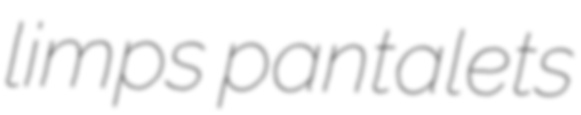
limps pantalets